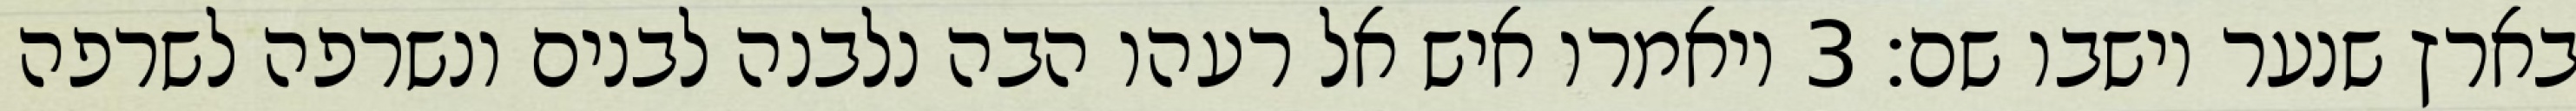
בארץ שנער וישבו שם׃ ‎3‏ ויאמרו איש אל רעהו הבה נלבנה לבנים ונשרפה לשרפה